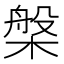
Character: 槃